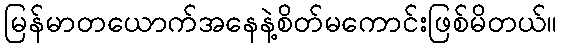
မြန်မာတယောက်အနေနဲ့စိတ်မကောင်းဖြစ်မိတယ်။